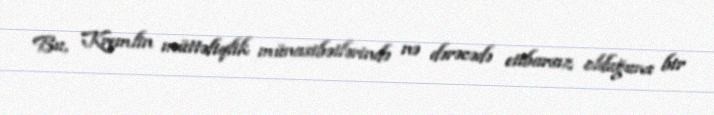
Bu, Kremlin müttəfiqlik münasibətlərində nə dərəcədə etibarsız olduğunu bir